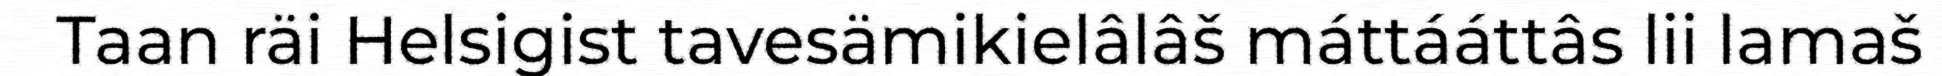
Taan räi Helsigist tavesämikielâlâš máttááttâs lii lamaš